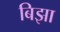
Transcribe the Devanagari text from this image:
बिझा